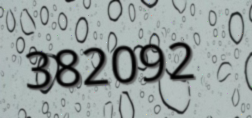
382092